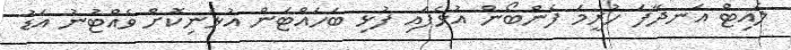
ލައިޓް އަނދާފަ ހުރީމަ ފެންބޯން އުޅެފައި ފުޅި ބަހައްޓަން އުޅެނިކޮށް ވެއްޓުނު އަޑު